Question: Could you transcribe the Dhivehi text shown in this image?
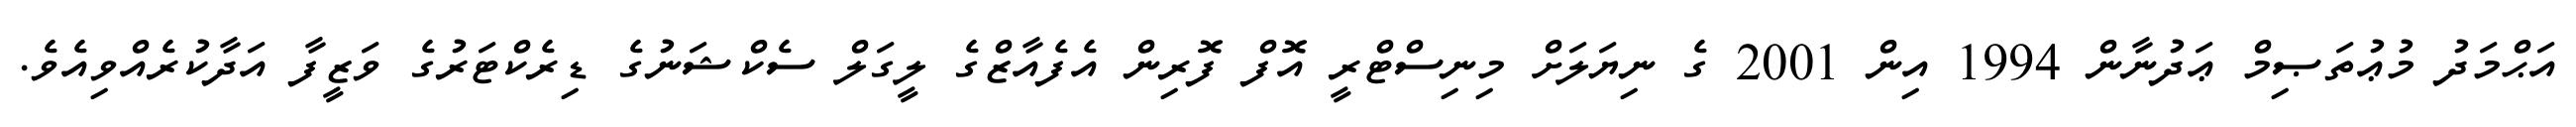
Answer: އަޙްމަދު މުޢުތަޞިމް ޢަދުނާން 1994 އިން 2001 ގެ ނިޔަލަށް މިނިސްޓްރީ އޮފް ފޮރިން އެފެއާޒްގެ ލީގަލް ސެކްޝަނުގެ ޑިރެކްޓަރުގެ ވަޒީފާ އަދާކުރެއްވިއެވެ.